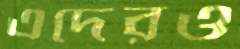
এদেরও